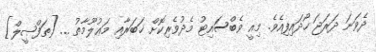
ދެވަނަ ދަރަޖަ ހޯދައިފިއެވެ. މިއީ ވެބްސައިޓު މެދުވެރިކޮށް ޚަބަރާއި މަޢުލޫމާތު ... [ތަފްޞީލް]